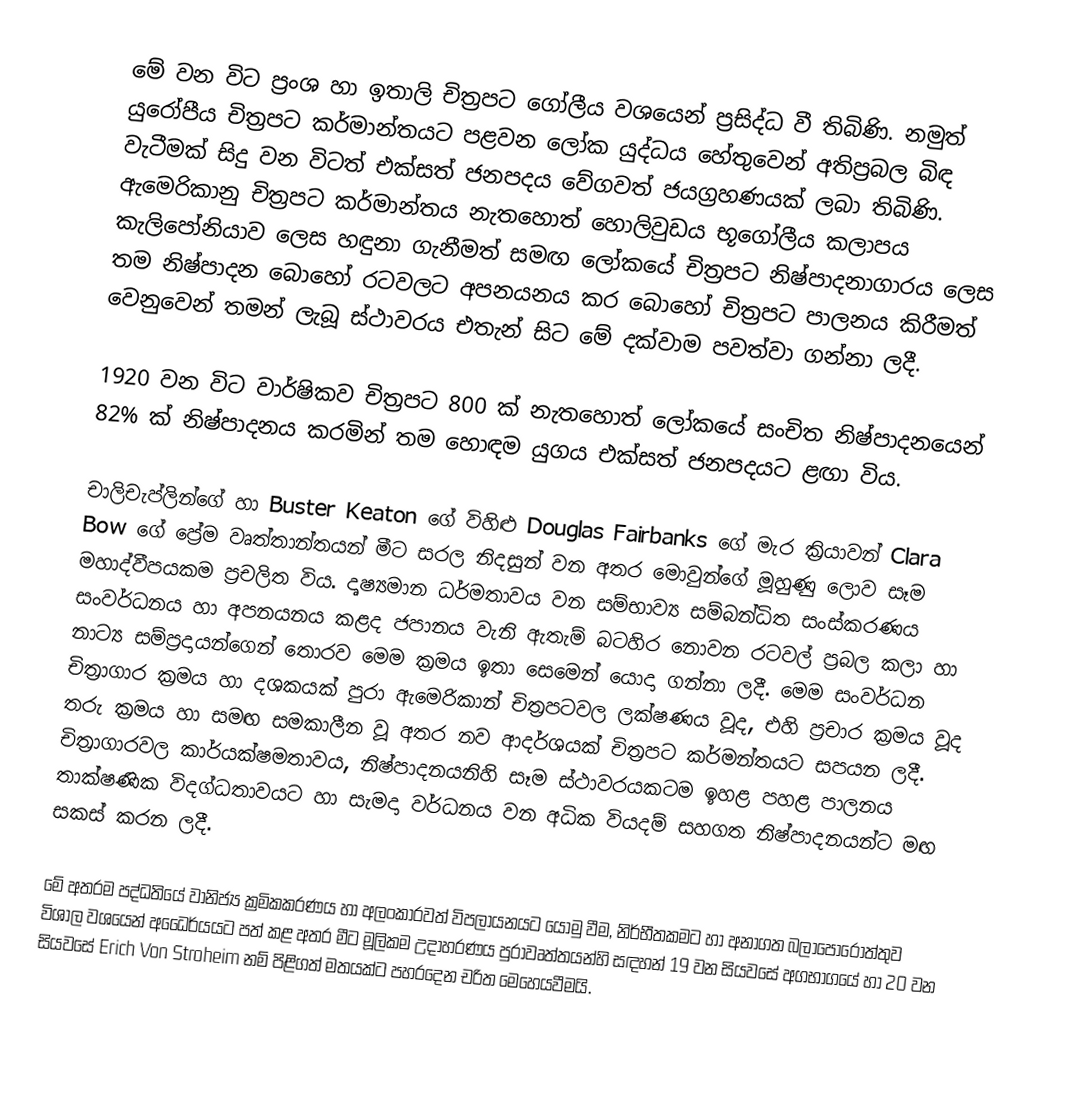
මේ වන විට ප්‍රංශ හා ඉතාලි චිත්‍රපට ගෝලීය වශයෙන් ප්‍රසිද්ධ වී තිබිණි. නමුත් යුරෝපීය චිත්‍රපට කර්මාන්තයට පළවන ලෝක යුද්ධය හේතුවෙන් අතිප්‍රබල බිඳ වැටීමක් සිදු වන විටත් එක්සත් ජනපදය වේගවත් ජයග්‍රහණයක් ලබා තිබිණි. ඇමෙරිකානු චිත්‍රපට කර්මාන්තය නැතහොත් හොලිවුඩය භූගෝලීය කලාපය කැලිපෝනියාව ලෙස හඳුනා ගැනීමත් සමඟ ලෝකයේ චිත්‍රපට නිෂ්පාදනාගාරය ලෙස තම නිෂ්පාදන බොහෝ රටවලට අපනයනය කර බොහෝ චිත්‍රපට පාලනය කිරීමත් වෙනුවෙන්  තමන් ලැබූ ස්ථාවරය එ‍තැන් සිට මේ දක්වාම පවත්වා ගන්නා ලදී.

1920 වන විට වාර්ෂිකව චිත්‍රපට 800 ක් නැතහොත් ලෝකයේ සංචිත නිෂ්පාදනයෙන් 82% ක් නිෂ්පාදනය කරමින් තම හොඳම යුගය එක්සත් ජනපදයට ළඟා විය.

චාලිචැප්ලින්ගේ හා Buster Keaton ගේ විහිළු Douglas  Fairbanks ගේ මැර ක්‍රියාවන්  Clara Bow ගේ ප්‍රේම වෘත්තාන්තයන් මීට සරල නිදසුන් වන අතර මොවුන්ගේ මූහුණු ලොව සෑම මහාද්වීපයකම ප්‍රචලිත විය. දෘෂ්‍යමාන ධර්මතාවය වන සම්භාව්‍ය සම්බන්ධිත සංස්කරණය සංවර්ධනය හා අපනයනය කළද ජපානය වැනි ඇතැම් බටහිර නොවන රටවල් ප්‍රබල කලා හා නාට්‍ය සම්ප්‍රදායන්ගෙන් තොරව මෙම ක්‍රමය ඉතා සෙමෙන් යොදා ගන්නා ලදී. මෙම සංවර්ධන චිත්‍රාගාර ක්‍රමය හා දශකයක් පුරා ඇමෙරිකාන් චිත්‍රපටවල ලක්ෂණය වූද, එහි ප්‍රචාර ක්‍රමය වූද තරු ක්‍රමය හා සමඟ සමකාලීන වූ අතර නව ආදර්ශයක් චිත්‍රපට කර්මන්තයට සපයන ලදී. චිත්‍රාගාරවල කාර්යක්ෂමතාවය, නිෂ්පාදනයනිහි සෑම ස්ථාවරයකටම ඉහළ පහළ පාලනය තාක්ෂණික විදග්ධතාවයට හා සැමදා වර්ධනය වන අධික වියදම් සහගත නිෂ්පාදනයන්ට මඟ සකස් කරන ලදී.

මේ අතරම පද්ධතියේ වානිජ්‍ය ක්‍රමිකකරණය හා අලංකාරවත් විපලායනයට යොමු වීම, නිර්භීතකමට හා අනාගත බලාපොරොත්තුව විශාල වශයෙන් අධෛර්යයට පත් කළ අතර මීට මූලිකම උදාහරණය පුරාවෘත්තයන්හි සඳහන් 19 වන සියවසේ අගභාගයේ හා 20 වන සියවසේ Erich Von Stroheim නම් පිළිගත් මතයක්ට පහරදෙන චරිත මෙහෙයවීමයි.